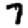
Digit: 7